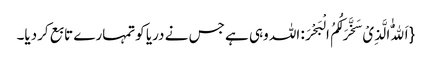
{اَللّٰهُ الَّذِیْ سَخَّرَ لَکُمُ الْبَحْرَ: اللہ وہی ہے جس نے دریا کوتمہارے تابع کردیا۔